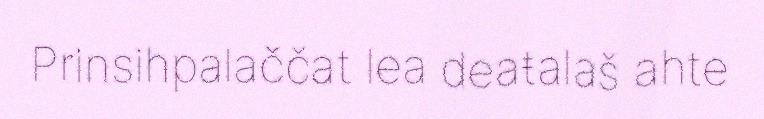
Prinsihpalaččat lea deaŧalaš ahte